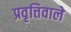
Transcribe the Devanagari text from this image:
प्रवृत्तिवाले